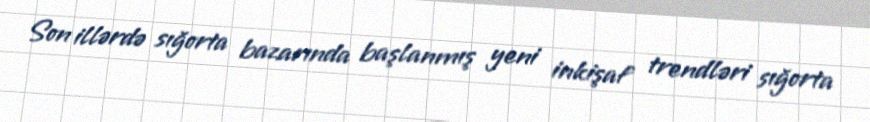
Son illərdə sığorta bazarında başlanmış yeni inkişaf trendləri sığorta